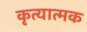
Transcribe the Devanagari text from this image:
कृत्यात्मक